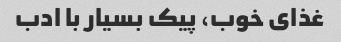
غذای خوب، پیک بسیار با ادب